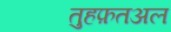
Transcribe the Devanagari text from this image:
तुहफ़तअल